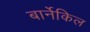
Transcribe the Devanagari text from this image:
बार्नेकिल